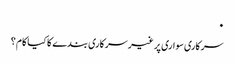
٠
‎سرکاری سواری پر غیر سرکاری بندے کا کیا کام ؟